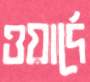
ওয়ার্দে